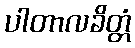
ပါတာလခိတ္တံ